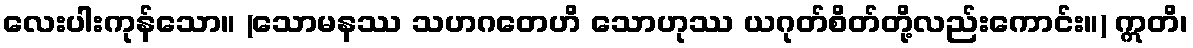
လေးပါးကုန်သော။ (သောမနဿ သဟဂတေဟိ သောဟုဿ ယဂုတ်စိတ်တို့လည်းကောင်း။) ဣတိ၊